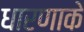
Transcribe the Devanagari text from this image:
धारणाके